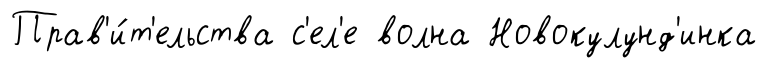
Прав'и́т'ельства с'ел'е волна Новокулунд'инка